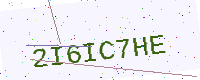
Text: 2I6IC7HE